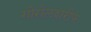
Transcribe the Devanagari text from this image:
गोरौलशरीफ